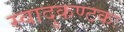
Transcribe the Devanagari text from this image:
स्वादुकण्टकः